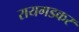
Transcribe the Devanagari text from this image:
रायगडकर